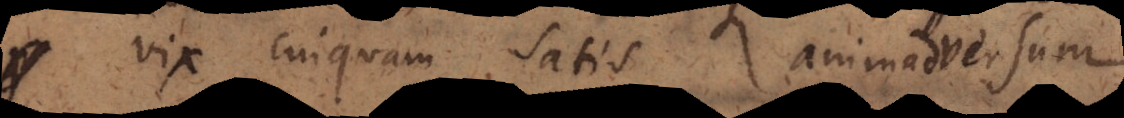
vix cuiquam satis animadversum.